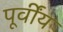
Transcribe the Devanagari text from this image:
पूर्वींय